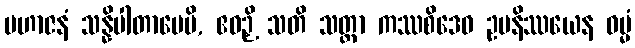
မဟာဇနံ သန္နိပါတာပေမိ, ဧဝဉှိ သတိ သတ္ထာ ကဿစိဒေဝ ဥပနိဿယေန ဓမ္မံ